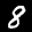
Label: 8